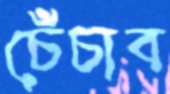
চেঁচাব